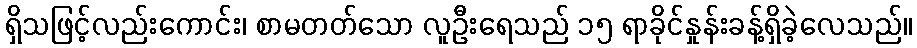
ရှိသဖြင့်လည်းကောင်း၊ စာမတတ်သော လူဦးရေသည် ၁၅ ရာခိုင်နှုန်းခန့်ရှိခဲ့လေသည်။